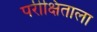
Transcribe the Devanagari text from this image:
परीक्षिताला